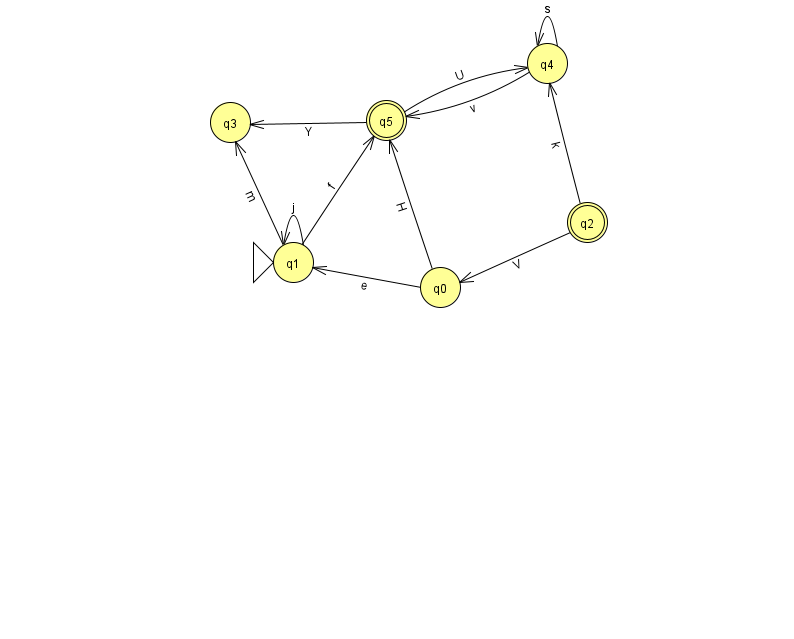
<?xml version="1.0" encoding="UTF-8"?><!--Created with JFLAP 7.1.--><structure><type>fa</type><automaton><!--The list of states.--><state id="0" name="q0"><x>440.0</x><y>274.0</y></state><state id="1" name="q1"><x>293.0</x><y>249.0</y><initial/></state><state id="2" name="q2"><x>587.0</x><y>209.0</y><final/></state><state id="3" name="q3"><x>230.0</x><y>109.0</y></state><state id="4" name="q4"><x>547.0</x><y>50.0</y></state><state id="5" name="q5"><x>386.0</x><y>107.0</y><final/></state><!--The list of transitions.--><transition><from>5</from><to>3</to><read>Y</read></transition><transition><from>2</from><to>4</to><read>k</read></transition><transition><from>4</from><to>4</to><read>s</read></transition><transition><from>5</from><to>4</to><read>U</read></transition><transition><from>4</from><to>5</to><read>v</read></transition><transition><from>0</from><to>1</to><read>e</read></transition><transition><from>1</from><to>1</to><read>j</read></transition><transition><from>2</from><to>0</to><read>V</read></transition><transition><from>0</from><to>5</to><read>H</read></transition><transition><from>1</from><to>3</to><read>m</read></transition><transition><from>1</from><to>5</to><read>f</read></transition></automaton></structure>